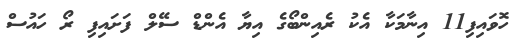
ހޮވައިފި11 އިނާމަކާ އެކު ރެއިންބޯގެ އިޔާ އެންޑް ސޭލް ފަށައިފި ރޯ ހައުސް